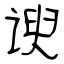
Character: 谀